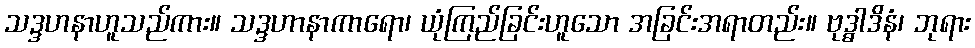
သဒ္ဒဟနာဟူသည်ကား။ သဒ္ဒဟာနာကာရော၊ ယုံကြည်ခြင်းဟူသော အခြင်းအရာတည်း။ ဗုဒ္ဓါဒိနံ၊ ဘုရား